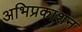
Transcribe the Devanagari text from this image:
अभिप्रकाशन